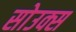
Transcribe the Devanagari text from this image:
सोउक्स